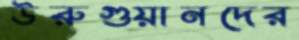
উরুগুয়ানদের